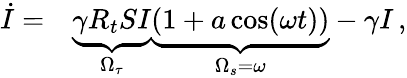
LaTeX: \begin{array}{rl}{\dot{I}=}&{{}\underbrace{\gamma R_{t}SI}_{\Omega_{\tau}}\underbrace{(1+a\cos(\omega t))}_{\Omega_{s}=\omega}-\gamma I\, ,}\end{array}